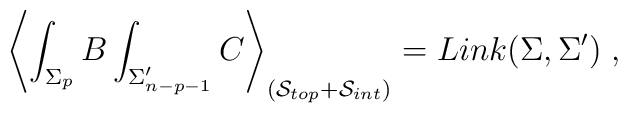
\left\langle \int_{\Sigma _p}B\int_{\Sigma _{n-p-1}^{\prime }}C\right\rangle_{\left( \mathcal{S}_{top}+\mathcal{S}_{int}\right) }=Link(\Sigma ,\Sigma^{\prime })\;,